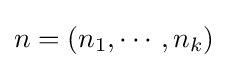
n=(n_{1},\cdots ,n_{k})